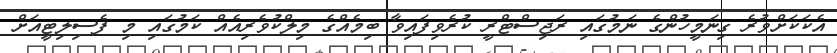
އެކަކަށްވުރެ ގިނަމީހުންގެ ނަމުގައި ރަޖިސްޓްރީ ކުރެވިފައިވާ ބިމެއްގެ މިލްކުވެރިއެއް ކަމުގައި މި ފެސިލިޓީއަށް